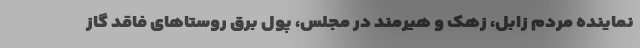
نماینده مردم زابل، زهک و هیرمند در مجلس، پول برق روستاهای فاقد گاز